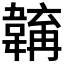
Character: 𩏎